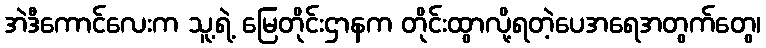
အဲဒီကောင်လေးက သူ့ရဲ့ မြေတိုင်းဌာနက တိုင်းထွာလို့ရတဲ့ပေအရေအတွက်တွေ၊